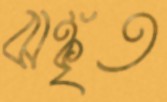
ঝঙ্কৃত